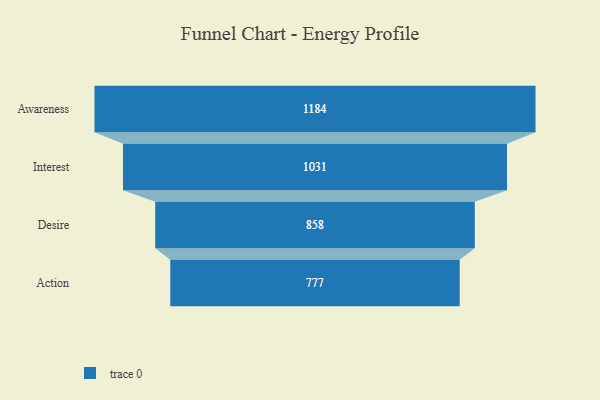
{"axis": {"x": "Stage", "y": "Value"}, "legend": [""], "data": [{"x": "Awareness", "y": 1184.0, "type": ""}, {"x": "Interest", "y": 1031.0, "type": ""}, {"x": "Desire", "y": 858.0, "type": ""}, {"x": "Action", "y": 777.0, "type": ""}]}